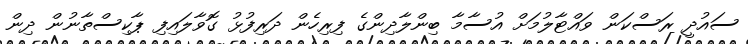
ސައުދީ ރަސްކަން ވައްޓާލުމަށް އުސާމާ ބިންލާދިންގެ ފިރިހެން ދަރިފުޅު ގޮވާލައިފި ޕާކިސްތާނުން ދިން